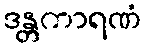
ဒန္တကာရဏံ